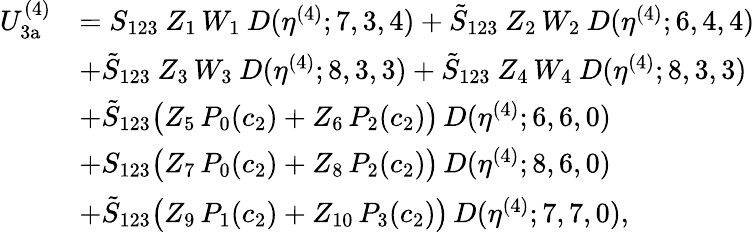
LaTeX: \begin{array}{rl}{U_{\mathrm{3a}}^{(4)}}&{=S_{123}\: Z_{1}\, W_{1}\: D(\eta^{(4)};7,3,4)+\tilde{S}_{123}\: Z_{2}\, W_{2}\: D(\eta^{(4)};6,4,4)}\\ &{+\tilde{S}_{123}\: Z_{3}\, W_{3}\: D(\eta^{(4)};8,3,3)+\tilde{S}_{123}\: Z_{4}\, W_{4}\: D(\eta^{(4)};8,3,3)}\\ &{+\tilde{S}_{123}\big(Z_{5}\, P_{0}(c_{2})+Z_{6}\, P_{2}(c_{2})\big)\, D(\eta^{(4)};6,6,0)}\\ &{+S_{123}\big(Z_{7}\, P_{0}(c_{2})+Z_{8}\, P_{2}(c_{2})\big)\, D(\eta^{(4)};8,6,0)}\\ &{+\tilde{S}_{123}\big(Z_{9}\, P_{1}(c_{2})+Z_{10}\, P_{3}(c_{2})\big)\, D(\eta^{(4)};7,7,0),}\end{array}